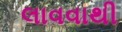
લાવવાથી